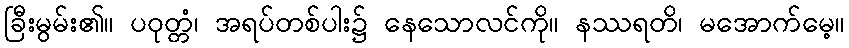
ခြီးမွမ်း၏။ ပဝုတ္တံ၊ အရပ်တစ်ပါး၌ နေသောလင်ကို။ နဿရတိ၊ မအောက်မေ့။